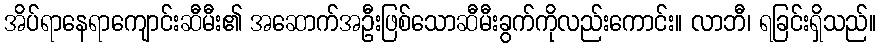
အိပ်ရာနေရာကျောင်းဆီမီး၏ အဆောက်အဦးဖြစ်သောဆီမီးခွက်ကိုလည်းကောင်း။ လာဘီ၊ ရခြင်းရှိသည်။